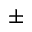
\pm